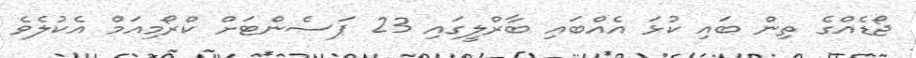
ޖޯޑެއްގެ ތިން ބައި ކުޅަ އެއްބައި ބާރްލީގައި 23 ޕަސެންޓަށް ކްރޯމިއަމް އެކުލެވެ